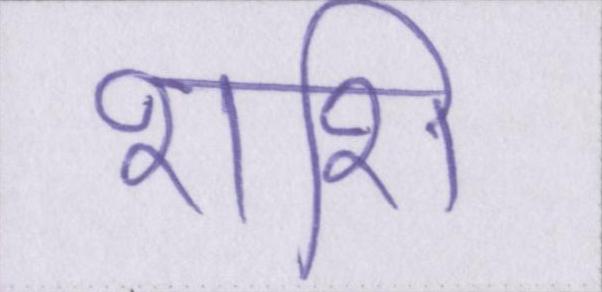
शशि